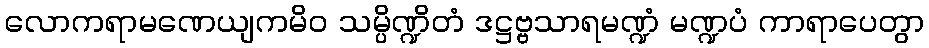
လောကရာမဏေယျကမိဝ သမ္ပိဏ္ဍိတံ ဒဋ္ဌဗ္ဗသာရမဏ္ဍံ မဏ္ဍပံ ကာရာပေတွာ